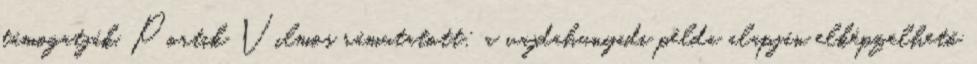
támogatják. Portik Vilmos rámutatott: a vajdahunyadi példa alapján elképzelhető